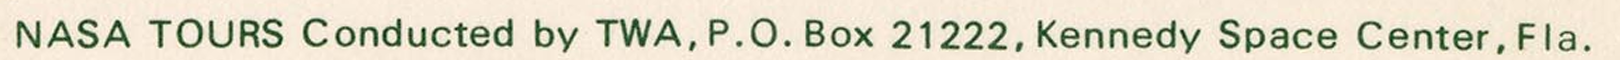
NASA TOURS Conducted by TWA, P.O. Box 21222, Kennedy Space Center, Fla.